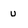
Character: u